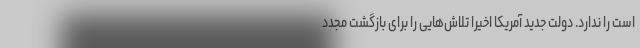
است را ندارد. دولت جدید آمریکا اخیرا تلاش‌هایی را برای بازگشت مجدد